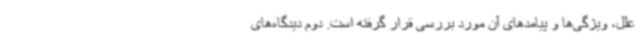
علل، ویژگی‌ها و پیامدهای آن مورد بررسی قرار گرفته است. دوم دیدگاه‌های